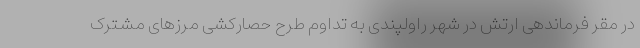
در مقر فرماندهی ارتش در شهر راولپندی به تداوم طرح حصارکشی مرزهای مشترک